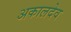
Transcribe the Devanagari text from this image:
अकालदेव